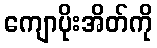
ကျောပိုးအိတ်ကို